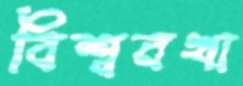
বিশ্ববখা